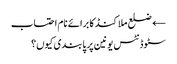
← ضلع ملاکنڈ کا برائے نام احتساب
سٹوڈنٹس یونین پر پابندی کیوں؟